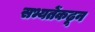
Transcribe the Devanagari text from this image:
सभ्यतेंकढून